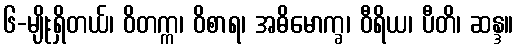
၆-မျိုးရှိတယ်၊ ဝိတက္က၊ ဝိစာရ၊ အဓိမောက္ခ၊ ဝီရိယ၊ ပီတိ၊ ဆန္ဒ။